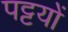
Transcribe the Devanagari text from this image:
पट्टयों